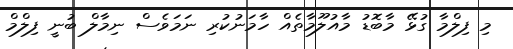
މި ފިލްމާ ގުޅޭ މާބޮޑު މާއުލޫމާތެއް ހާމަނުކުރި ނަމަވެސް ނިމާލް ބުނީ ފިލްމް